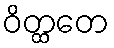
ဝိတ္ထတေ